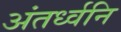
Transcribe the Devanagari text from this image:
अंतर्ध्वनि